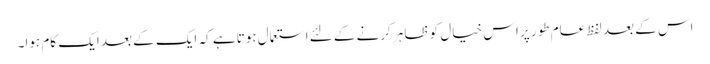
اس کے بعد لفظ عام طور پر اس خیال کو ظاہر کرنے کے لئے استعمال ہوتا ہے کہ ایک کے بعد ایک کام ہوا۔